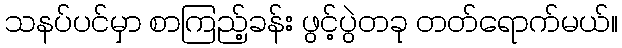
သနပ်ပင်မှာ စာကြည့်ခန်း ဖွင့်ပွဲတခု တတ်ရောက်မယ်။